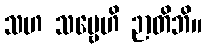
သဟ သဗ္ဗေဟိ ဉာတိဘိ။